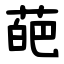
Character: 葩